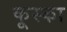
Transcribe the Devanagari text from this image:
कूस्का